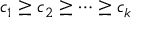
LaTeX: c _ { 1 } \geq c _ { 2 } \geq \cdots \geq c _ { k }